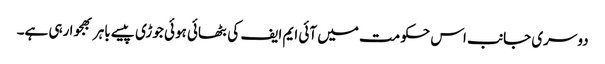
دوسری جانب اس حکومت میں آئی ایم ایف کی بٹھائی ہوئی جوڑی پیسے باہر بھجوا رہی ہے۔